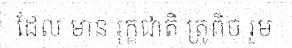
ដែល មាន រុក្ខជាតិ ត្រូពិច រួម